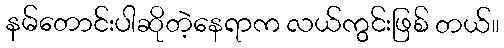
နမ်တောင်းပါဆိုတဲ့နေရာက လယ်ကွင်းဖြစ် တယ်။